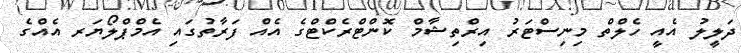
ދަލީލު އެއީ ހެލްތް މިނިސްޓަރު އިރްތިޝާމް ކޮންޓްރެކްޓްގެ އެއް ފަރާތުގައި އެމްޕްލޯޔަރ އެއްގެ